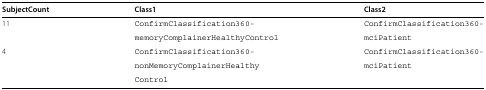
| SubjectCount | Class1 | Class2 |
 | --- | --- | --- |
 | 11 | ConfirmClassification360- | ConfirmClassification360- |
 |  | memoryComplainerHealthyControl | mciPatient |
 | 4 | ConfirmClassification360- | ConfirmClassification360- |
 |  | nonMemoryComplainerHealthy | mciPatient |
 |  | Control |  |